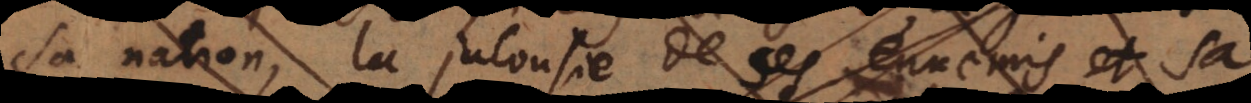
sa nation, la jalousie de ses ennemis et sa